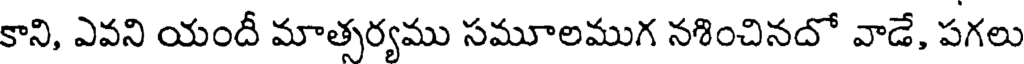
కాని, ఎవని యందీ మాత్సర్యము సమూలముగ నశించినదో వాడే, పగలు